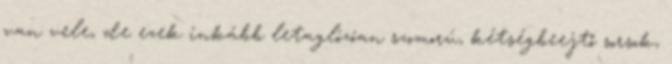
van vele, de ezek inkább letaglózóan szomorú, kétségbeejtő sorsok,